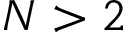
N > 2